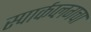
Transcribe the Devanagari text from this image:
स्पार्कप्लगचा